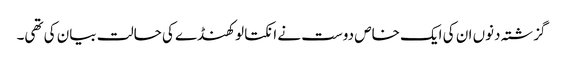
گزشتہ دنوں ان کی ایک خاص دوست نے انکتا لوکھنڈے کی حالت بیان کی تھی۔